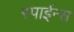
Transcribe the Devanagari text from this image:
स्पाईन्स